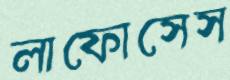
লাফোসেস